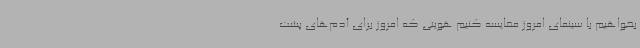
بخواهیم با سینمای امروز مقایسه کنیم هویتی که امروز برای آدم‌های پشت